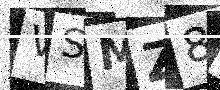
Text: VSMZ8P